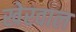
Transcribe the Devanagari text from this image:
खेरवाल